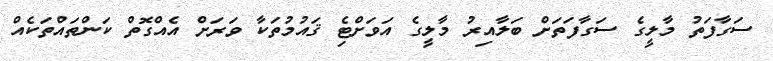
ސަގާފަތު މާލީގެ ސަގާފަތަށް ބަލާއިރު މާލީގެ އަވަށްޓެި ޤައުމުތަކާ ވަރަށް އެއްގޮތް ކަންތައްތަކެއް